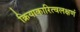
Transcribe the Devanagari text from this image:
क्रियाकारित्वलक्षणं